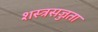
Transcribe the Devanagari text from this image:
शस्त्रसज्जता